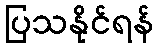
ပြသနိုင်ရန်